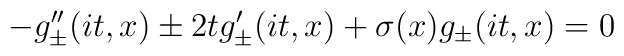
-g^{\prime\prime}_\pm(it,x) \pm 2tg^\prime_\pm(it,x) +\sigma(x)g_\pm(it,x)=0